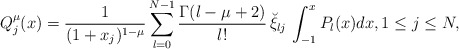
\begin{align*}Q_j^\mu(x)=\frac{1}{(1+x_j)^{1-\mu}}\sum_{l=0}^{N-1} \frac{\Gamma(l-\mu+2)}{l!}\, \breve\xi_{lj}\, \int_{-1}^x P_l(x) dx, 1\le j\le N, \end{align*}